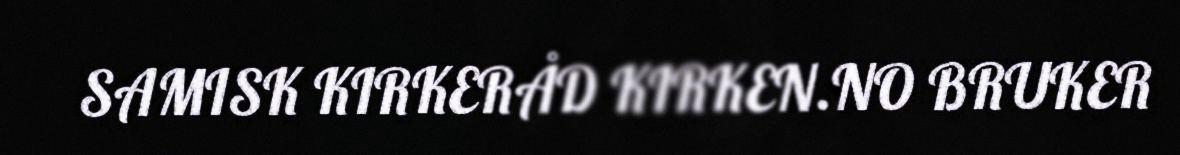
SAMISK KIRKERÅD KIRKEN.NO BRUKER